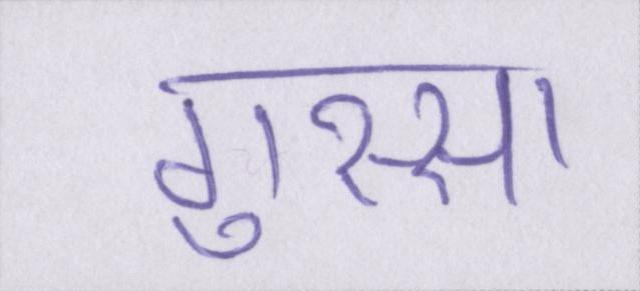
गुस्सा